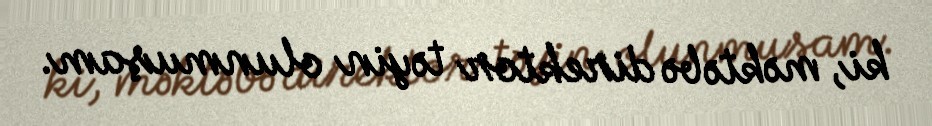
ki, məktəbə direktor təyin olunmuşam.